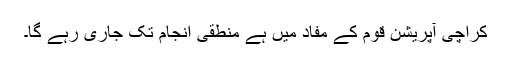
کراچی آپریشن قوم کے مفاد میں ہے منطقی انجام تک جاری رہے گا۔